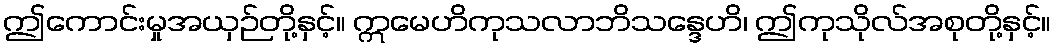
ဤကောင်းမှုအယှဉ်တို့နှင့်။ ဣမေဟိကုသလာဘိသန္ဒေဟိ၊ ဤကုသိုလ်အစုတို့နှင့်။